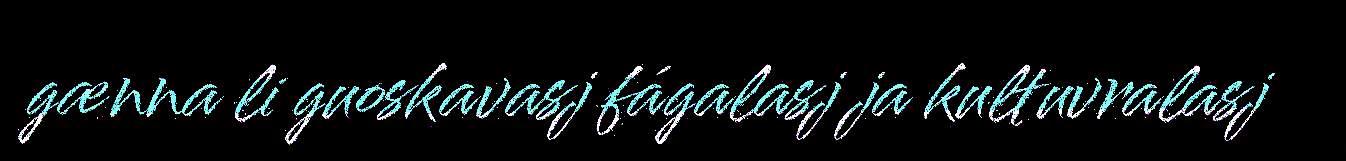
gænna li guoskavasj fágalasj ja kultuvralasj